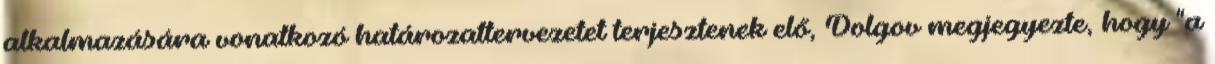
alkalmazására vonatkozó határozattervezetet terjesztenek elő, Dolgov megjegyezte, hogy "a